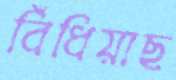
বিঁধিয়াছ